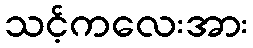
သင့်ကလေးအား